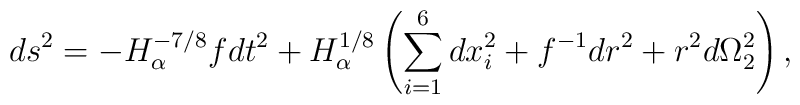
ds^2=-H_\alpha^{-7/8}f dt^2 +H_\alpha^{1/8}\left(\sum_{i=1}^6 dx_i^2 +f^{-1} dr^2+r^2 d\Omega_2^2\right),